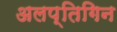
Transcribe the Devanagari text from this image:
अलप्तिगिन